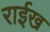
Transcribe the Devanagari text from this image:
राईख